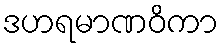
ဒဟရမာဏဝိကာ